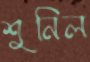
শুনিল